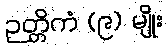
ဉတ္တိကံ (၉) မျိုး